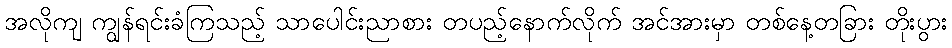
အလိုကျ ကျွန်ရင်းခံကြသည့် သာပေါင်းညာစား တပည့်နောက်လိုက် အင်အားမှာ တစ်နေ့တခြား တိုးပွား